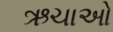
ઋચાઓ